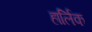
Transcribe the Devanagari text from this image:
हार्लिक